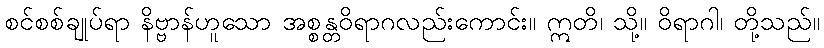
စင်စစ်ချုပ်ရာ နိဗ္ဗာန်ဟူသော အစ္စန္တဝိရာဂလည်းကောင်း။ ဣတိ၊ သို့။ ဝိရာဂါ၊ တို့သည်။